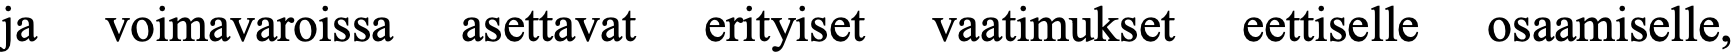
ja  voimavaroissa asettavat erityiset vaatimukset eettiselle osaamiselle,